Leaving Certificate Examination, 1920
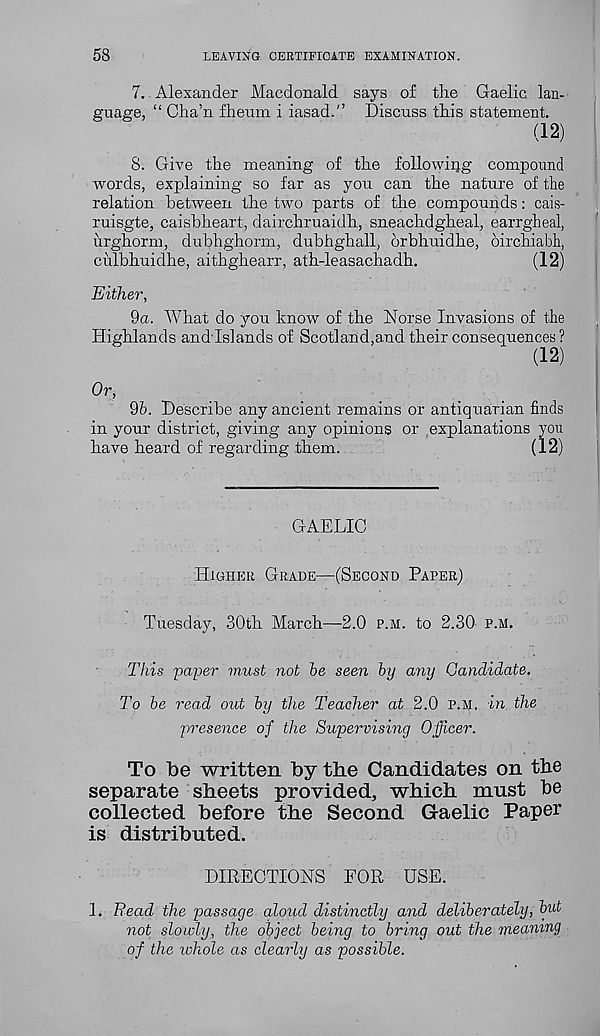
58
LEAVING CERTIFICATE EXAMINATION.
7. Alexander Macdonald says of the Gaelic lan-
guage, “ Cha’n fheum i iasad.” Discuss this statement.
(12)
8. Give the meaning of the following compound
words, explaining so far as you can the nature of the
relation between the two parts of the compounds: cais-
ruisgte, caisbheart, dairchruaidh, sneachdgheal, earrgheal,
urghorm, dubhghorm, dubhghall, orbhuidhe, birchiabh,
ciilbhuidhe, aithghearr, ath-leasachadh.
(12)
Either,
9a. What do you know of the Norse Invasions of the
Highlands and'Islands of Scotland,and their consequences ?
(12)
Or,
96. Describe any ancient remains or antiquarian finds
in your district, giving any opinions or explanations you
have heard of regarding them.
(12)
GAELIC
Higher Grade—(Second Paper)
Tuesday, 30th March—-2.0 p.m. to 2.30 p.m.
This payer must not be seen by any Candidate.
To be read out by the Teacher at 2.0 p.m, in the
presence of the Supervising Officer.
To be written by the Candidates on the
separate sheets provided, which must be
collected before the Second (Gaelic Paper
is distributed.
DIRECTIONS FOR USE.
1. Read the passage aloud distinctly and deliberately, but
not slowly, the object being to bring out the meaning
of the whole as clearly as possible.